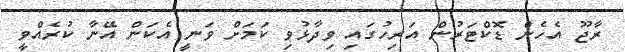
ރާޖޫ އެހެން ޑޮކްޓަރުން އަރިހުގައި ވިދާޅުވި ކަމަށް ވަނީ އެކަން އޭނާ ކުރެއްވީ